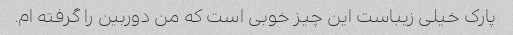
پارک خیلی زیباست این چیز خوبی است که من دوربین را گرفته ام.